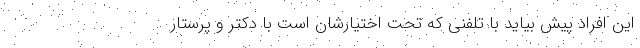
این افراد پیش بیاید با تلفنی که تحت اختیارشان است با دکتر و پرستار